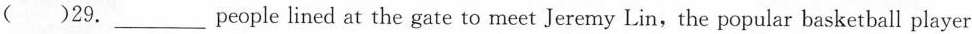
( )29.___people lined at the gate to meet Jeremy Lin,the popular basketball player